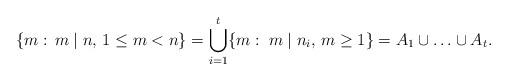
LaTeX: \begin{align*}\{m:\, m\mid n,\, 1\leq m<n\}=\bigcup_{i=1}^t \{m:\; m\mid n_i,\, m\geq 1\}=A_1\cup \ldots\cup A_t.\end{align*}